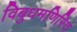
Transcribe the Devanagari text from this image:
विबुधमणिरिव